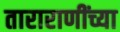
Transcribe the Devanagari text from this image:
ताराराणींच्या